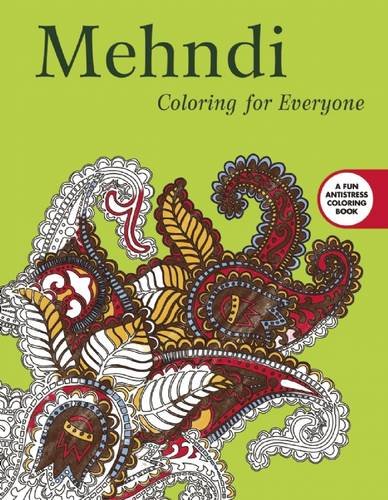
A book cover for Mehndi: Coloring for Everyone (Creative Stress Relieving Adult Coloring Book Series); Skyhorse Publishing; Humor & Entertainment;